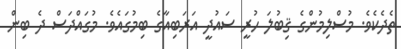
ތެދެކެވެ. މުސްލިމުންގެ ޤިބުލަ ހުރީ ސައުދީ އަރަބިއާގެ ބިމުގައެވެ. މުގައްދަސް ދެ ބިން